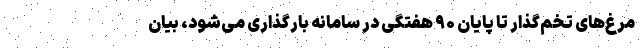
مرغ‌های تخم‌گذار تا پایان ۹۰ هفتگی در سامانه بارگذاری می‌شود، بیان